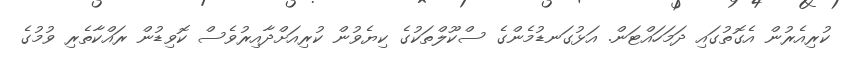
ކުރިއެރުން އެގޮތުގައި ދަމަހައްޓަން. އަޅުގަނޑުމެންގެ ސްކޫލްތަކުގެ ކިޔެވުން ކުރިއަށްދާއިރުވެސް ކޮވިޑުން ރައްކާތެރި ވުމުގެ